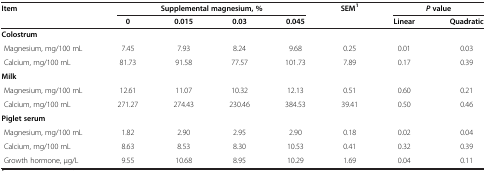
<table><thead><tr><td rowspan="2"><b>Item</b></td><td colspan="4"><b>Supplemental magnesium, %</b></td><td rowspan="2"><b>SEM<sup>1</sup></b></td><td colspan="2"><b><i>P </i>value</b></td></tr><tr><td><b>0</b></td><td><b>0.015</b></td><td><b>0.03</b></td><td><b>0.045</b></td><td><b>Linear</b></td><td><b>Quadratic</b></td></tr></thead><tbody><tr><td colspan="8"><b>Colostrum</b></td></tr><tr><td> Magnesium, mg/100 mL</td><td>7.45</td><td>7.93</td><td>8.24</td><td>9.68</td><td>0.25</td><td>0.01</td><td>0.03</td></tr><tr><td> Calcium, mg/100 mL</td><td>81.73</td><td>91.58</td><td>77.57</td><td>101.73</td><td>7.89</td><td>0.17</td><td>0.39</td></tr><tr><td colspan="8"><b>Milk</b></td></tr><tr><td> Magnesium, mg/100 mL</td><td>12.61</td><td>11.07</td><td>10.32</td><td>12.13</td><td>0.51</td><td>0.60</td><td>0.21</td></tr><tr><td> Calcium, mg/100 mL</td><td>271.27</td><td>274.43</td><td>230.46</td><td>384.53</td><td>39.41</td><td>0.50</td><td>0.46</td></tr><tr><td colspan="8"><b>Piglet serum</b></td></tr><tr><td> Magnesium, mg/100 mL</td><td>1.82</td><td>2.90</td><td>2.95</td><td>2.90</td><td>0.18</td><td>0.02</td><td>0.04</td></tr><tr><td> Calcium, mg/100 mL</td><td>8.63</td><td>8.53</td><td>8.30</td><td>10.53</td><td>0.41</td><td>0.32</td><td>0.39</td></tr><tr><td> Growth hormone, μg/L</td><td>9.55</td><td>10.68</td><td>8.95</td><td>10.29</td><td>1.69</td><td>0.04</td><td>0.11</td></tr></tbody></table>